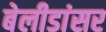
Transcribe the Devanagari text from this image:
बेलीडांसर